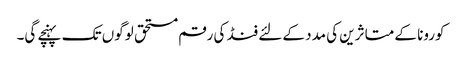
کورونا کے متاثرین کی مدد کے لئے فنڈ کی رقم مستحق لوگوں تک پہنچے گی۔